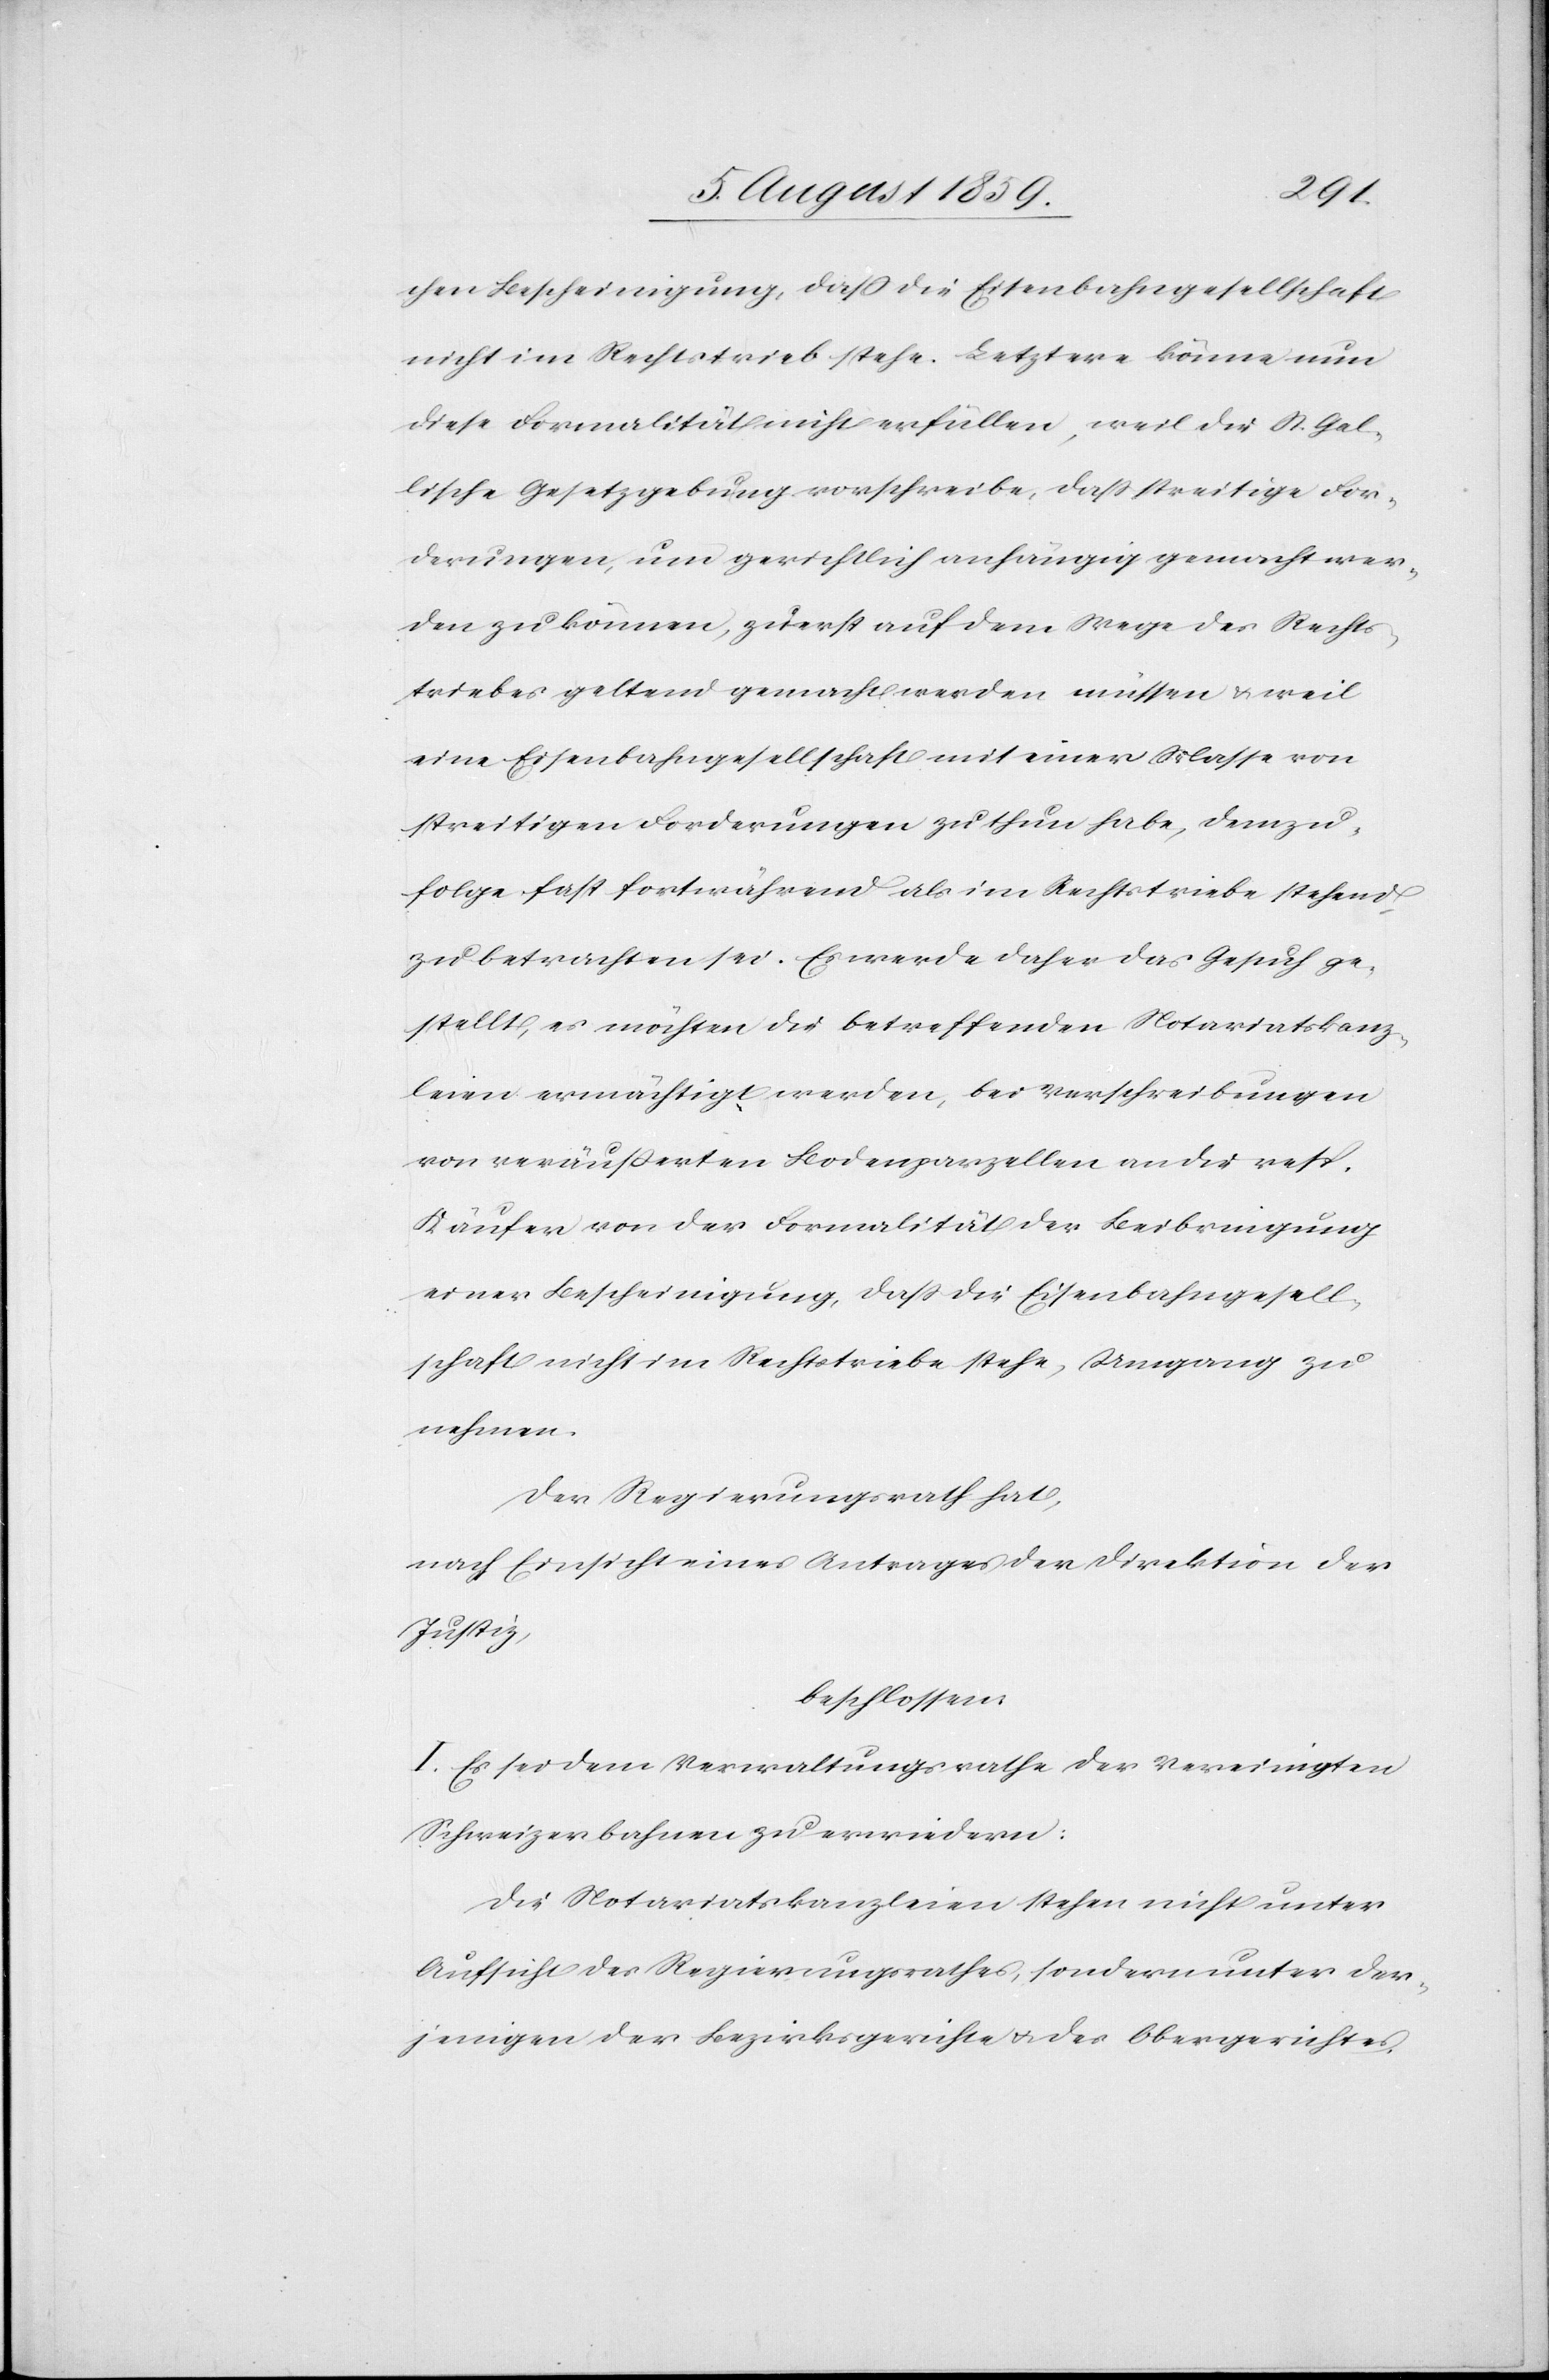
chen Bescheinigung, daß die Eisenbahngesellschaft
nicht im Rechtstrieb stehe. Letztere könne nun
diese Formalität nicht erfüllen, weil die St. Gal¬
lische Gesetzgebung vorschreibe, daß streitige For¬
derungen, um gerichtlich anhängig gemacht wer¬
den zu können, zuerst auf dem Wege des Rechts¬
triebes geltend gemacht werden müssen u. weil
eine Eisenbahngesellschaft mit einer Masse von
streitigen Forderungen zu thun habe, demzu¬
folge hat fortwährend als im Rechtstriebe stehend,
zu betrachten sei. Es werde daher das Gesuch ge¬
stellt, es möchten die betreffenden Notariatskanz¬
leien ermächtigt werden, bei Verschreibungen
von veräußerten Bodenparzellen an die resp.
Käufer von der Formalität der Beibringung
einer Bescheinigung, daß die Eisenbahngesell¬
schaft nicht im Rechtstriebe stehe, Umgang zu
nehmen.
Der Regierungsrath hat,
nach Einsicht eines Antrages der Direktion der
Justiz,
beschlossen:
I. Es sei dem Regierungsrathe der Vereinigten
Schweizerbahnen zu erwiedern:
Die Notariatskanzleien stehen nicht unter
Aufsicht des Regierungsrathes, sondern unter der¬
jenigen der Bezirksgerichte u. des Obergerichtes